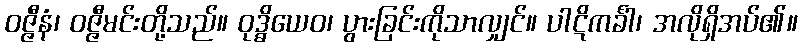
ဝဇ္ဇီနံ၊ ဝဇ္ဇီမင်းတို့သည်။ ဝုဒ္ဓိယေဝ၊ ပွားခြင်းကိုသာလျှင်။ ပါဋိကင်္ခါ၊ အလိုရှိအပ်၏။